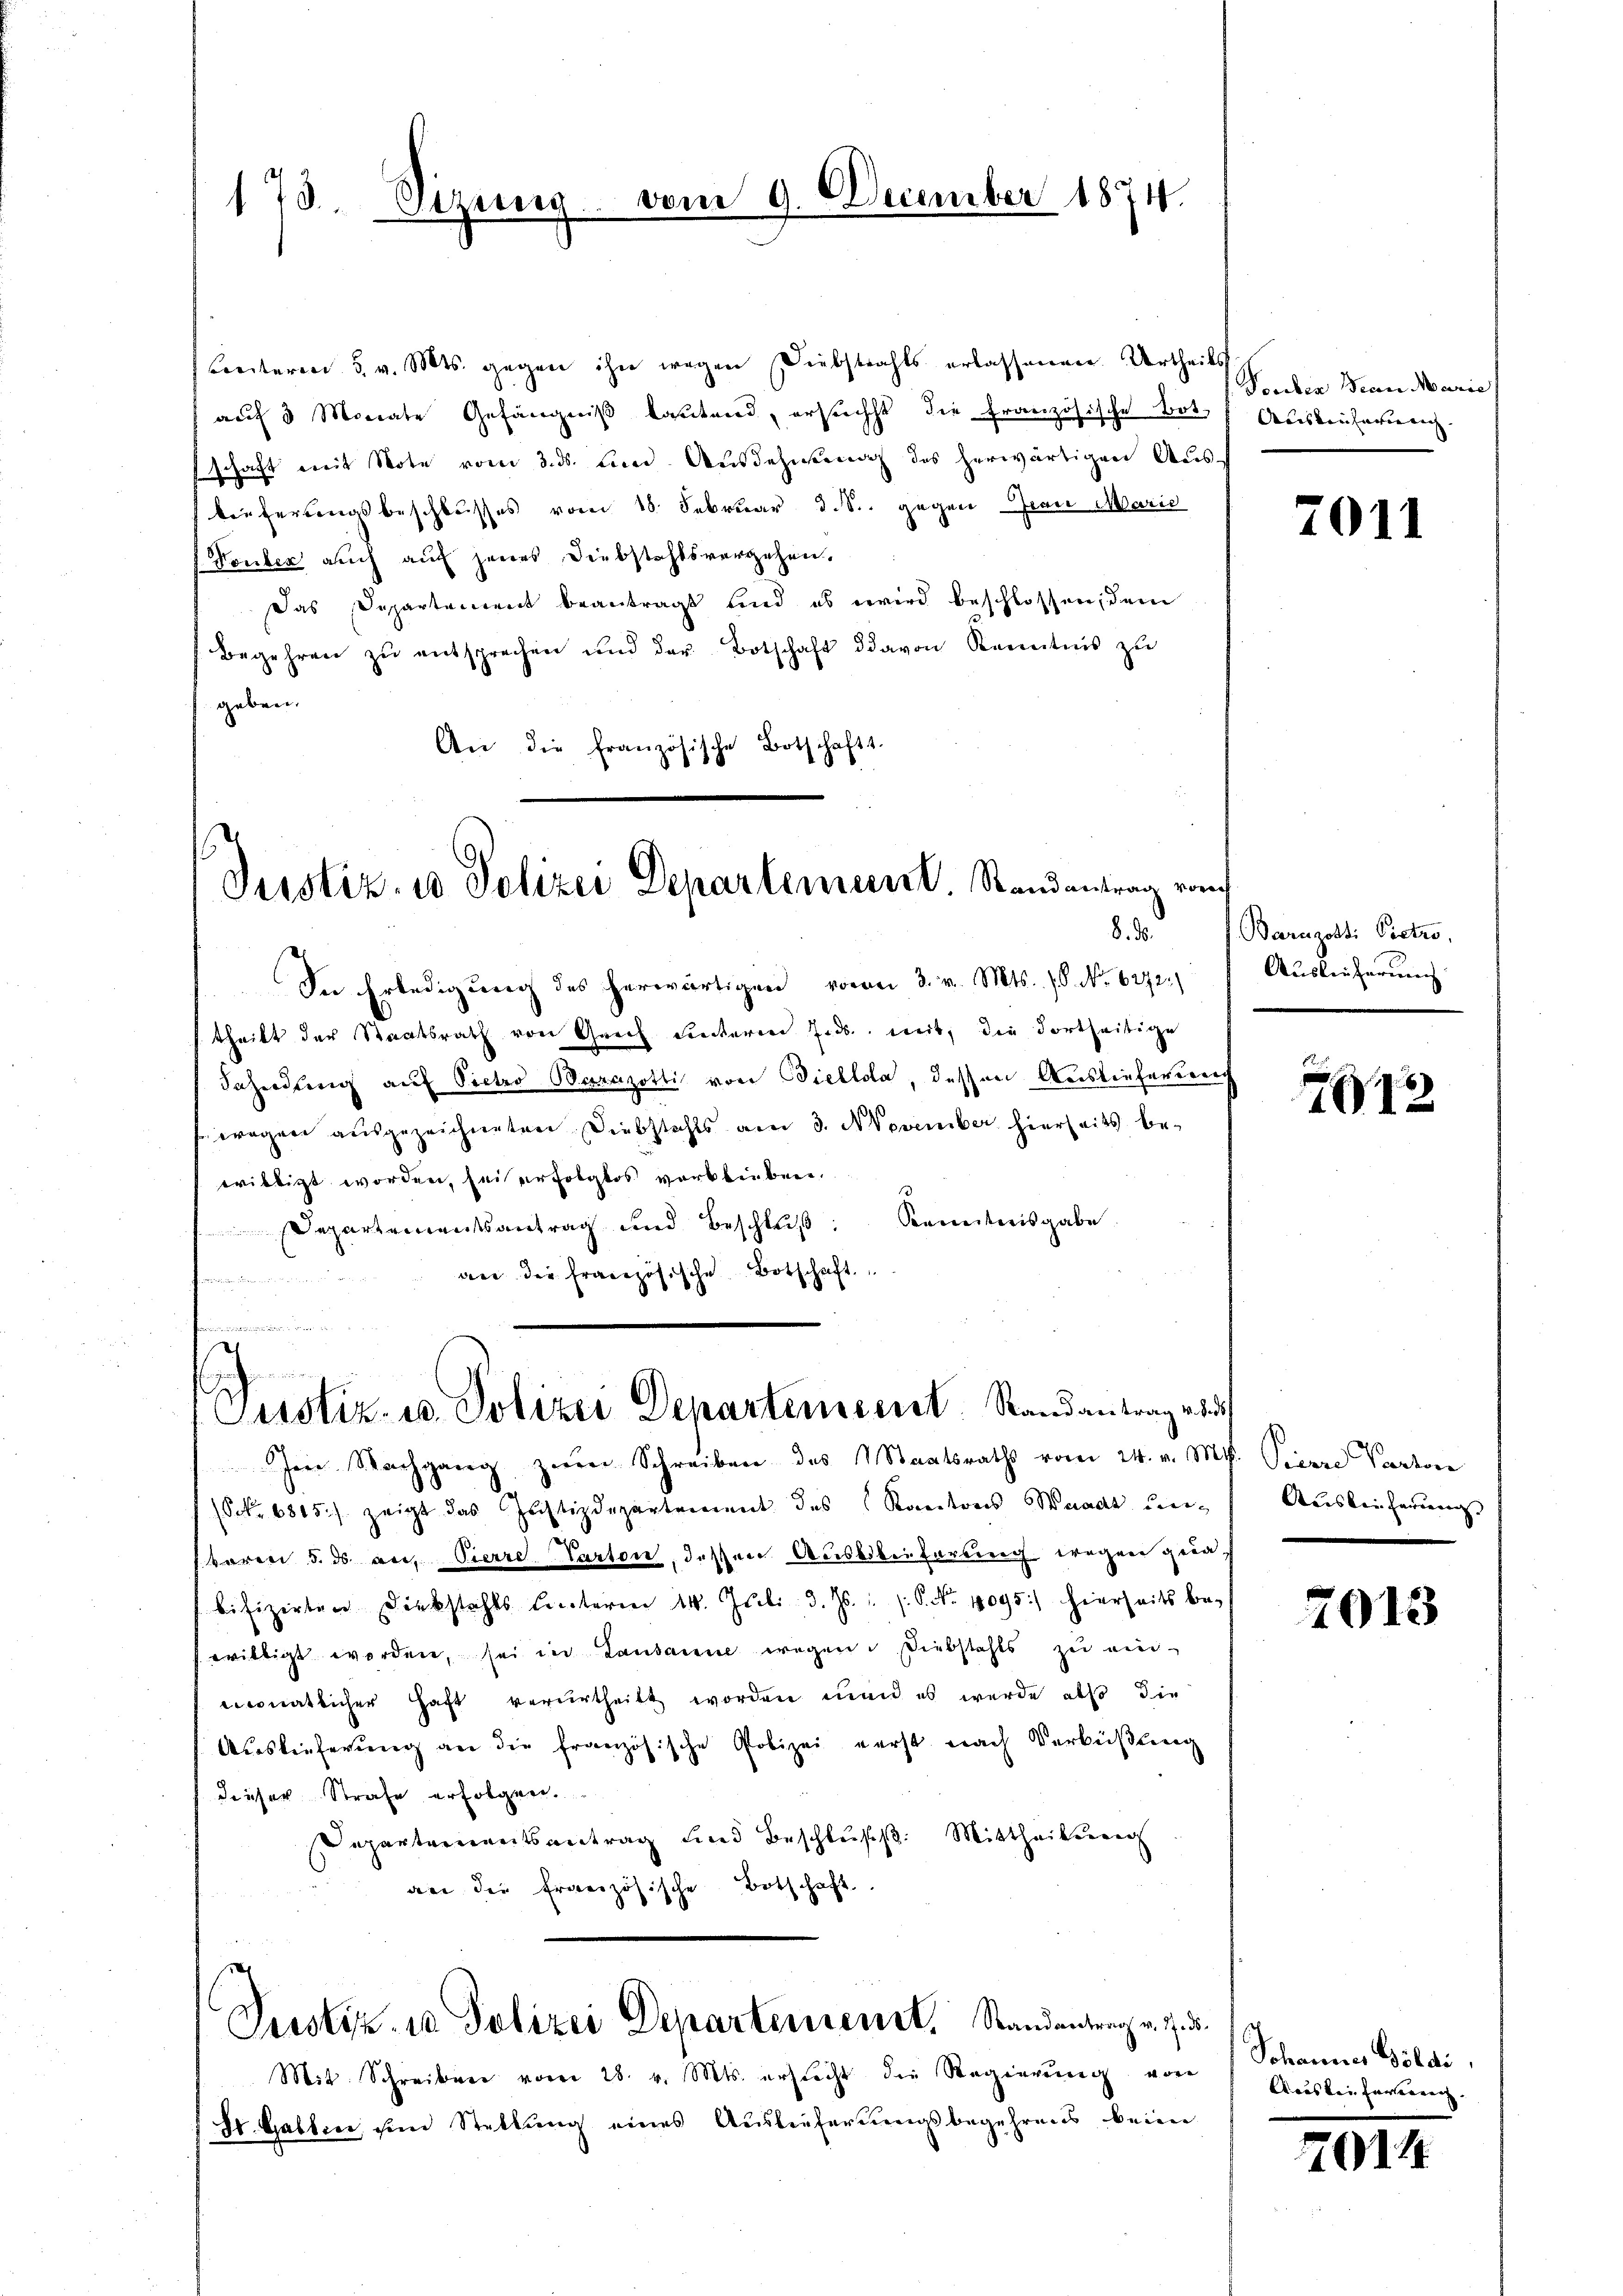
1. 73.

Dizei

m 9. December 1874.

Breiteren 5. v. Mts. gegen ihn wegen Diebstrahls erlassenen Urtheils
aŭf 3 Monate Gefängniβ lautend, ersuchst die französische Bot. f Ausbeuternen.
schaft mit Note vom 3. ds. und Ausdehnung des herwärtigen Aus-
bieferungsbeschlusses vom 18. Februar d. S. gegen Jean Marie
Touter auch auf jenes Diebstahlsvergehen.
Das Departement beantragt sind es wird beschlossen, dem
Begehren zŭ entsprechen und der Botschaft davon Kenntnis zu
geben.
244.
An die französische Botschaf-

Justiz- u Polizei Departement Standentrag v

dahindung auf Pietro Parazotti von Biellola, dessen Auslieferien
wegen ausgezeichneten Diebstahls am 3. November hierseits be-
wittigt worden, sei erfolgtes verblieben.
Departementsantrag und Beschlŭβ: Kenntnisgabe
an die französische Botschaft.
mnen

In Erledigung des herwärtigen vom 3. v. Mts. 1. No. 6272.
 theilt der Staatsrath von Grach einteren Jnds, weit, die Fortseitige

Justiz- u. Polizei Departement. Randantrag vor

Im Nachgang zum Schreiben des Staatsraths vom 24. v. M. Pierre Parten
(Ockr 6815.) zeigt das Justizdepartement des Kantons Waadt und Auslieferung
baren 5. ds. an Pierre. Parten, dessen Ausbibieferung wegen gelabifizirten Diebstahls hinterm 14. Juli d. Js. u. s. S. No. 19095) hierseits be-
willigt worden, sei in Lausanne wegen. Diebstahls zŭ ein-
iconatlicher Haft verurtheilt worden man es wurde also die
Auslieferung an die französische Polizei verst nach Verbüßung
dieser Strafe erfolgen.
Departementsantrag und Beschluss. Mittheilung
an die Erreizösische Botschaft

Justiz- u. Polizei Departement. Standentrag v. 7. d.

Pruben Bern Marie

Mit. Schreiben vom 28. v. Mts. ersucht die Regierung von
St. Gallier, den Stellung eines Auslieferungsbegehrens beim

7011

Baruzotti Pistro,
Ausleifernung

12

7013

Sohannes Böldi
Mais bei Harterrenz. |

014